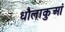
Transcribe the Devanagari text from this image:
धौलाकुआं